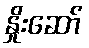
နှိုးဆော်